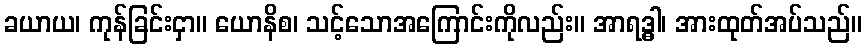
ခယာယ၊ ကုန်ခြင်းငှာ။ ယောနိစ၊ သင့်သောအကြောင်းကိုလည်း။ အာရဒ္ဓါ၊ အားထုတ်အပ်သည်။